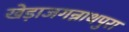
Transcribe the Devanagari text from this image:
खेड़ाजगन्नाथपुरा